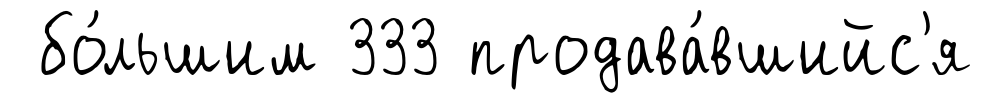
бо́льшим 333 продава́вшийс'я